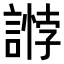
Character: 𧪶